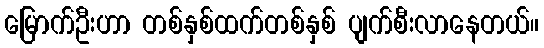
မြောက်ဦးဟာ တစ်နှစ်ထက်တစ်နှစ် ပျက်စီးလာနေတယ်။